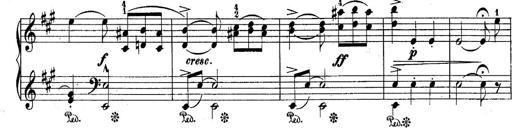
Title: 10 Sonatines progressives
Composer: Anton Schmoll